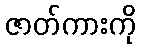
ဇာတ်ကားကို